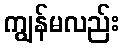
ကျွန်မလည်း